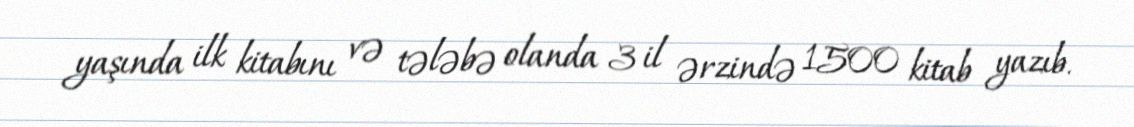
yaşında ilk kitabını və tələbə olanda 3 il ərzində 1500 kitab yazıb.